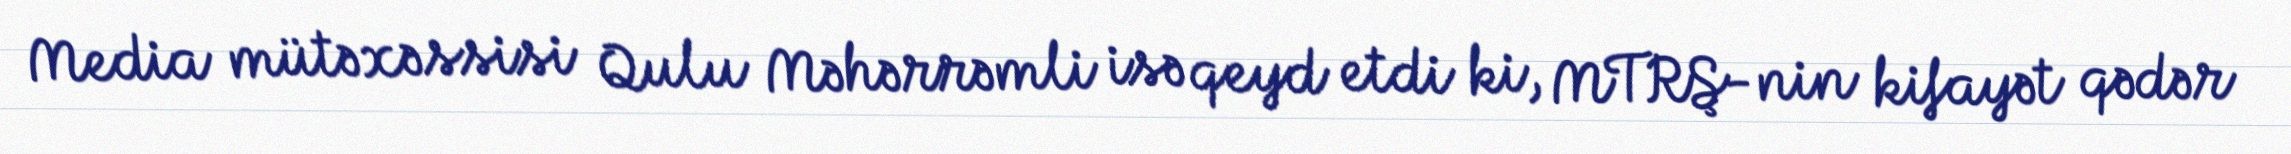
Media mütəxəssisi Qulu Məhərrəmli isə qeyd etdi ki, MTRŞ-nin kifayət qədər